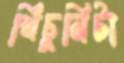
খিঁচুনিটা